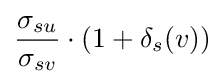
{\frac {\sigma _{su}}{\sigma _{sv}}}\cdot (1+\delta _{s}(v))